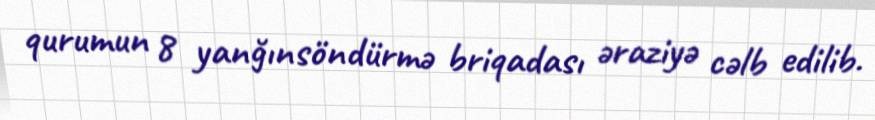
qurumun 8 yanğınsöndürmə briqadası əraziyə cəlb edilib.